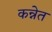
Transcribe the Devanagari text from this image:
कन्नेत